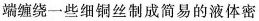
端缠绕一些细铜丝制成简易的液体密